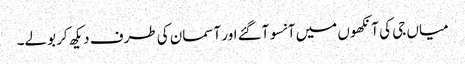
میاں جی کی آنکھوں میں آنسو آگئے اور آسمان کی طرف دیکھ کر بولے۔